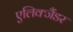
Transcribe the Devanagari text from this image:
एलिक्जैंडर